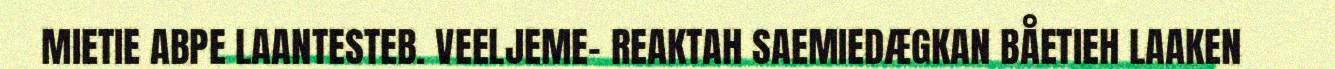
MIETIE ABPE LAANTESTEB. VEELJEME- REAKTAH SAEMIEDÆGKAN BÅETIEH LAAKEN